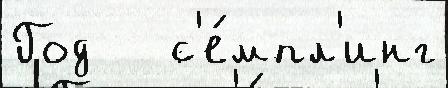
Год   с'е́мпл'инг